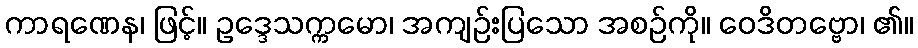
ကာရဏေန၊ ဖြင့်။ ဥဒ္ဒေသက္ကမော၊ အကျဉ်းပြသော အစဉ်ကို။ ဝေဒိတဗ္ဗော၊ ၏။